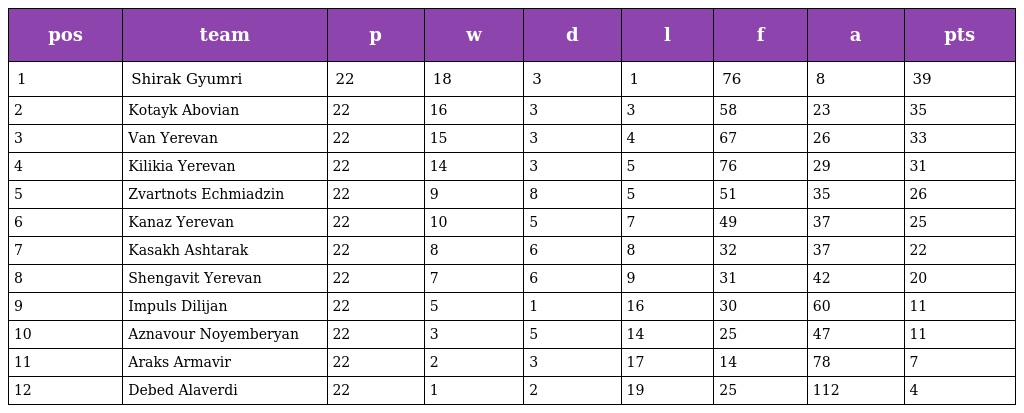
| pos | team | p | w | d | l | f | a | pts |
 | --- | --- | --- | --- | --- | --- | --- | --- | --- |
 | 1 | Shirak Gyumri | 22 | 18 | 3 | 1 | 76 | 8 | 39 |
 | 2 | Kotayk Abovian | 22 | 16 | 3 | 3 | 58 | 23 | 35 |
 | 3 | Van Yerevan | 22 | 15 | 3 | 4 | 67 | 26 | 33 |
 | 4 | Kilikia Yerevan | 22 | 14 | 3 | 5 | 76 | 29 | 31 |
 | 5 | Zvartnots Echmiadzin | 22 | 9 | 8 | 5 | 51 | 35 | 26 |
 | 6 | Kanaz Yerevan | 22 | 10 | 5 | 7 | 49 | 37 | 25 |
 | 7 | Kasakh Ashtarak | 22 | 8 | 6 | 8 | 32 | 37 | 22 |
 | 8 | Shengavit Yerevan | 22 | 7 | 6 | 9 | 31 | 42 | 20 |
 | 9 | Impuls Dilijan | 22 | 5 | 1 | 16 | 30 | 60 | 11 |
 | 10 | Aznavour Noyemberyan | 22 | 3 | 5 | 14 | 25 | 47 | 11 |
 | 11 | Araks Armavir | 22 | 2 | 3 | 17 | 14 | 78 | 7 |
 | 12 | Debed Alaverdi | 22 | 1 | 2 | 19 | 25 | 112 | 4 |